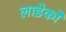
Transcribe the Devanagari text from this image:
लाडेको